Report on malaria in the Punjab during the year ...  together with an account of the work of the Punjab Malaria Bureau - Volume 3
Disease focus: Malaria
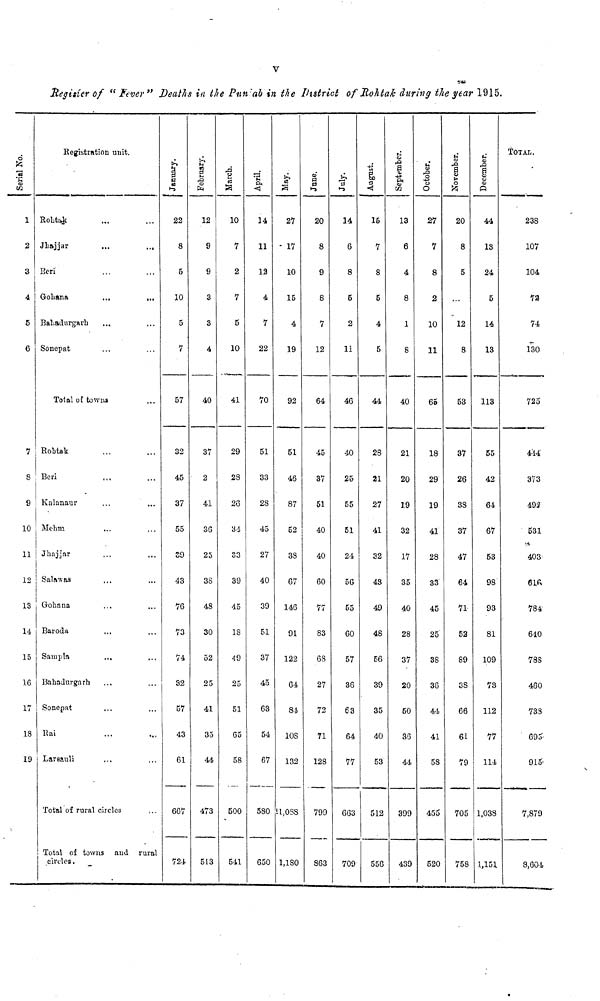
V
Register of " Fiver" Deaths in the Punjab in the District of Rohtak during the year 1915.
Serial No.
1
2
3
I
1
4
6
7
8
9
10
11
12
13
14
15
16
17
18
19
Registration unit.
Rohtik ... ...
Jhajjar
...
...
Beri ... ...
Gohana
...
...
Bahadurgarh ... ...
Sonepat ... ...
Total of towns
Rohtak ... ...
Beri ... ...
Kalanaur ... ...
Mehm
... ...
Jhajjar ... ...
Salabas ... ...
Gohana ... ...
Baroda ... ...
Sampla
... ...
Bahadurgarh ... ...
Sonepat ... ...
Rai ... ...
Larsauli ... ...
Total of rural circles
Total of towns and rural
circles.
January.
22
8
5
10
5
7
57
32
45
37
55
S9
43
76
73
74
32
57
43
61
667
724
February.
12
9
9
3
3
4
40
37
2
41
36
25
38
48
30
52
25
41
35
44
473
513
March.
10
7
2
7
5
10
41
29
28
26
34
33
39
45
18
49
25
51
65
58
500
541
April.
14
11
12
4
7
22
70
51
33
28
45
27
40
39
51
37
45
63
54
67
580
650
May.
27
17
10
15
4
19
92
51
46
87
52
38
67
146
91
122
64
8-i
108
132
11,088
1,180
June.
20
8
9
8
7
12
64
45
37
51
40
40
60
77
83
68
27
72
71
128
799
863
July.
14
6
8
5
2
11
46
40
25
55
51
24
56
55
GO
57
36
63
64
77
663
709
August.
15
7
8
5
4
5
44
28
21
27
41
32
43
49
48
56
39
35
40
53
512
556
September.
13
6
4
8
1
8
40
21
20
19
32
17
35
40
28
37
20
50
36
44
399
439
October.
27
7
8
2
10
11
65
18
29
19
41
28
33
45
25
38
36
44
41
58
455
520
November.
20
8
5
12
8
53
37
26
33
37
47
64
71
52
89
38
66
61
79
705
758
December.
44
13
24
5
14
13
113
55
42
64
67
53
98
93
81
109
73
112
77
114
1,038
1,151
TOTAL.
238
107
104
72
74
130
72o
414
373
492
531
403
616
784
610
78S
460
733
695
915
7,879
8,604